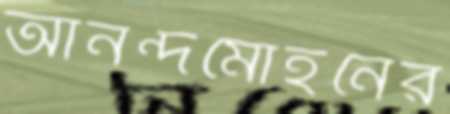
আনন্দমোহনের